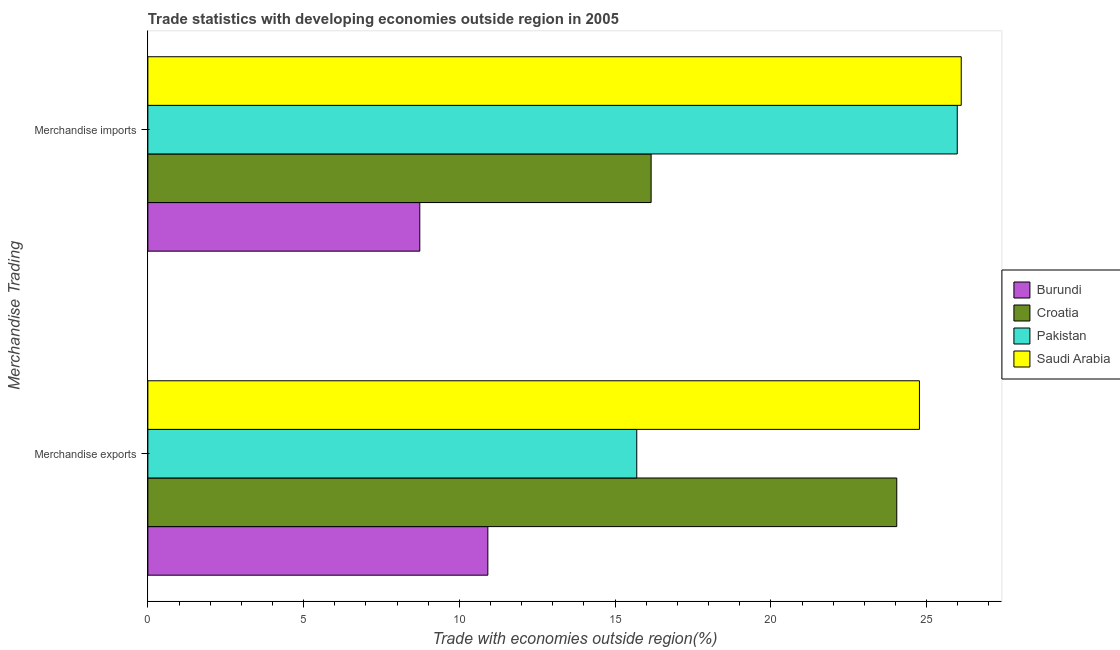
| Merchandise Trading | Burundi | Croatia | Pakistan | Saudi Arabia |
 | --- | --- | --- | --- | --- |
 | Merchandise exports | 10.9 | 24 | 15.7 | 24.8 |
 | Merchandise imports | 8.73 | 16.2 | 26 | 26.1 |